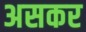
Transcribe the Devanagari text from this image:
असकर